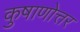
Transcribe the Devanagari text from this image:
कुषाणोत्तर